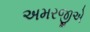
અમરજીએ